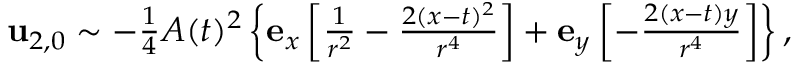
\begin{array} { r } { \mathbf { u } _ { 2 , 0 } \sim - \frac { 1 } { 4 } A ( t ) ^ { 2 } \left\{ \mathbf { e } _ { x } \left[ \frac { 1 } { r ^ { 2 } } - \frac { 2 ( x - t ) ^ { 2 } } { r ^ { 4 } } \right] + \mathbf { e } _ { y } \left[ - \frac { 2 ( x - t ) y } { r ^ { 4 } } \right] \right\} , } \end{array}